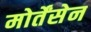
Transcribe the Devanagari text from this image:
मोर्तेंसेन